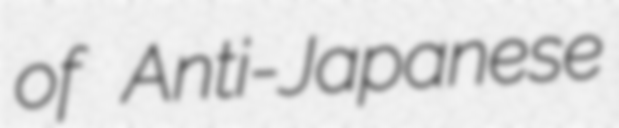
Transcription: of Anti-Japanese